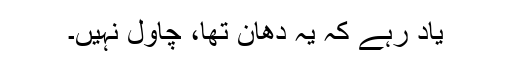
یاد رہے کہ یہ دھان تھا، چاول نہیں۔